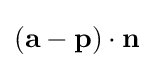
(\mathbf {a} -\mathbf {p} )\cdot \mathbf {n}